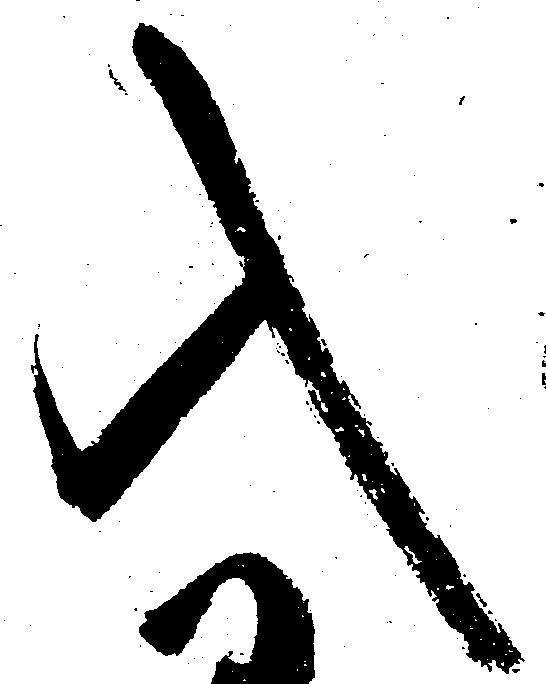
入